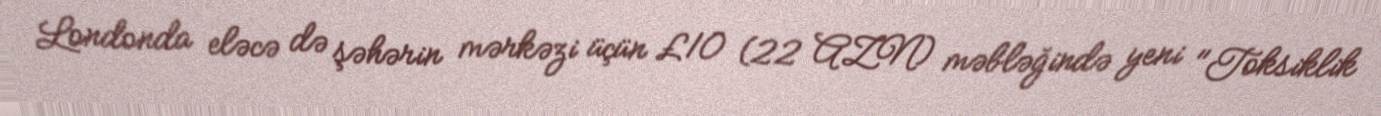
Londonda eləcə də şəhərin mərkəzi üçün £10 (22 AZN) məbləğində yeni "Toksiklik